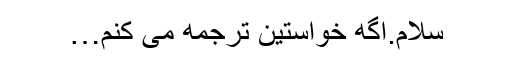
سلام.اگه خواستین ترجمه می کنم…